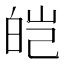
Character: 皑